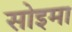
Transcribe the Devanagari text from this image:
सोइमा